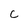
Character: C